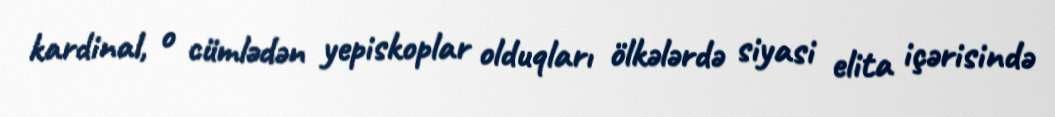
kardinal, o cümlədən yepiskoplar olduqları ölkələrdə siyasi elita içərisində